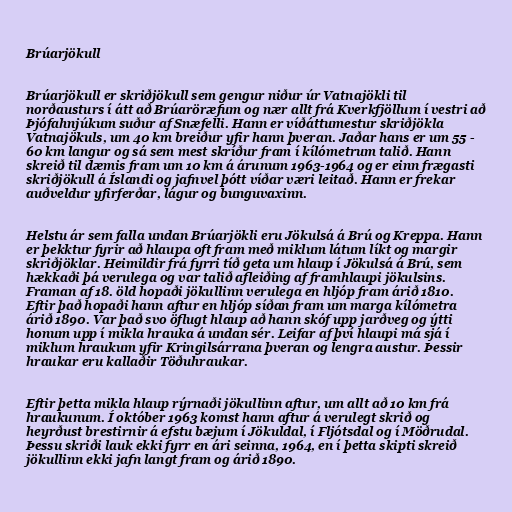
Brúarjökull

Brúarjökull er skriðjökull sem gengur niður úr Vatnajökli til
norðausturs í átt að Brúaröræfum og nær allt frá Kverkfjöllum í vestri að
Þjófahnjúkum suður af Snæfelli. Hann er víðáttumestur skriðjökla
Vatnajökuls, um 40 km breiður yfir hann þveran. Jaðar hans er um 55 -
60 km langur og sá sem mest skríður fram í kílómetrum talið. Hann
skreið til dæmis fram um 10 km á árunum 1963-1964 og er einn frægasti
skriðjökull á Íslandi og jafnvel þótt víðar væri leitað. Hann er frekar
auðveldur yfirferðar, lágur og bunguvaxinn.

Helstu ár sem falla undan Brúarjökli eru Jökulsá á Brú og Kreppa. Hann
er þekktur fyrir að hlaupa oft fram með miklum látum líkt og margir
skriðjöklar. Heimildir frá fyrri tíð geta um hlaup í Jökulsá á Brú, sem
hækkaði þá verulega og var talið afleiðing af framhlaupi jökulsins.
Framan af 18. öld hopaði jökullinn verulega en hljóp fram árið 1810.
Eftir það hopaði hann aftur en hljóp síðan fram um marga kílómetra
árið 1890. Var það svo öflugt hlaup að hann skóf upp jarðveg og ýtti
honum upp í mikla hrauka á undan sér. Leifar af því hlaupi má sjá í
miklum hraukum yfir Kringilsárrana þveran og lengra austur. Þessir
hraukar eru kallaðir Töðuhraukar.

Eftir þetta mikla hlaup rýrnaði jökullinn aftur, um allt að 10 km frá
hraukunum. Í október 1963 komst hann aftur á verulegt skrið og
heyrðust brestirnir á efstu bæjum í Jökuldal, í Fljótsdal og í Möðrudal.
Þessu skriði lauk ekki fyrr en ári seinna, 1964, en í þetta skipti skreið
jökullinn ekki jafn langt fram og árið 1890.